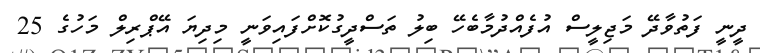
ދީނީ ފަތުވާދޭ މަޖިލީސް އުފެއްދުމާބެހޭ ބިލު ތަސްދީގުކޮށްފައިވަނީ މިދިޔަ އޭޕްރިލް މަހުގެ 25